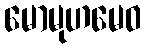
မောမုဟမေဝ